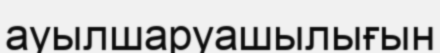
ауылшаруашылығын